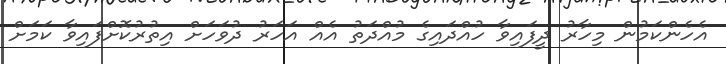
އެހެންކަމުން މިހާރު ދީފައިވާ ހުއްދައިގެ މުއްދަތު އެއް އަހަރު ދުވަހަށް އިތުރުކޮށްފައިވާ ކަމަށް